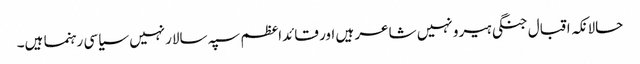
حالانکہ اقبال جنگی ہیرو نہیں شاعر ہیں اور قائداعظم سپہ سالارنہیں سیاسی رہنما ہیں۔